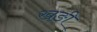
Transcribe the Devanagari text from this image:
खङी